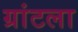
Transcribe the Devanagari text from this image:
ग्रांटला